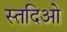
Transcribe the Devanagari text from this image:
स्तदिओ